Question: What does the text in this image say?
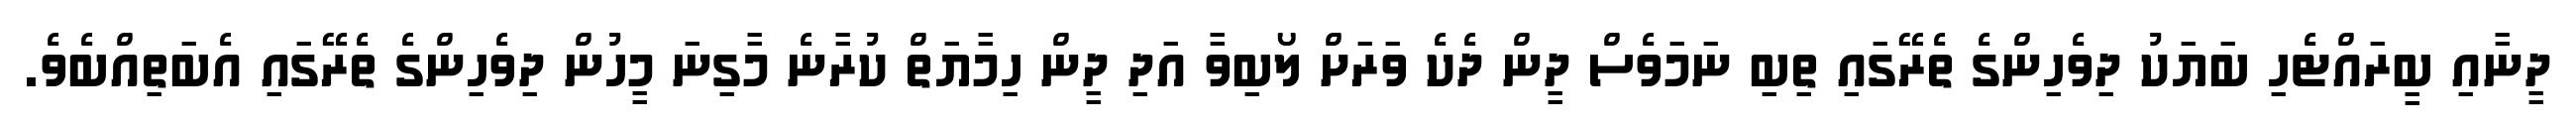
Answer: ދީނާއި ބީރައްޓެހި ބަޔަކު ދިވެހިންގެ ތެރޭގައި ތިބި ނަމަވެސް ދީން ދެކެ ވަރަށް ލޯބިވާ އަދި ދީން ހިމާޔަތް ކުރާނެ މާގިނަ މީހުން ދިވެހިންގެ ތެރޭގައި އެބަތިއްބެވެ.